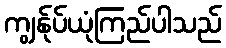
ကျွန်ုပ်ယုံကြည်ပါသည်